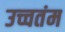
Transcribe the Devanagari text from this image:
उच्चतंम